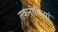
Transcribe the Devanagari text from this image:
तकनीकियां